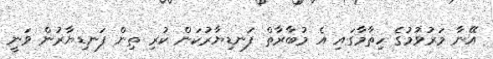
އޭނާ މަރުވުމުގެ ހިތާމާގައި އެ މުބާރާތް ފަނޑިޔާރުކަން ކުރި ތިން ފަނޑިޔާރުން ވަނީ